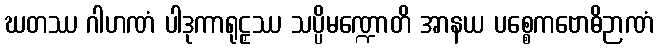
ဃတဿ ဂါဟဏံ ပါဒုကာရုဠှဿ သပ္ပိမဏ္ဍောတိ အာနယ ပစ္စေကဗောဓိဉာဏံ